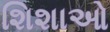
શિશાઓ